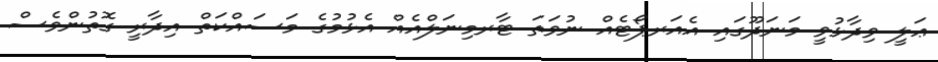
ޢަލީ ވިދާޅުވީ މަނަދޫގައި އެއަރޕޯޓެއް ނުވަތަ ޓާރމިނަލްއެއް އެޅުމުގެ މަސައްކަތް އިދާރީ ގޮތުންވެސް